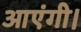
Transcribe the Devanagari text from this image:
आएंगी।